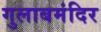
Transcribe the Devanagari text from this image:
गुलाबमंदिर